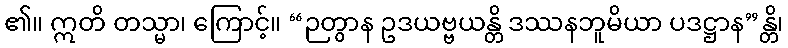
၏။ ဣတိ တသ္မာ၊ ကြောင့်။ “ဉတွာန ဥဒယဗ္ဗယန္တိ ဒဿနဘူမိယာ ပဒဋ္ဌာန”န္တိ၊